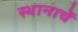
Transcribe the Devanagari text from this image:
स्थानाचें